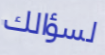
لسؤالك